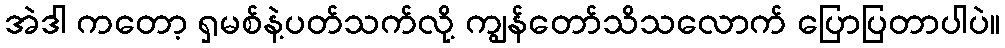
အဲဒါ ကတော့ ရှမစ်နဲ့ပတ်သက်လို့ ကျွန်တော်သိသလောက် ပြောပြတာပါပဲ။